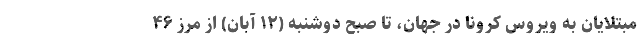
مبتلایان به ویروس کرونا در جهان، تا صبح دوشنبه (۱۲ آبان) از مرز ۴۶